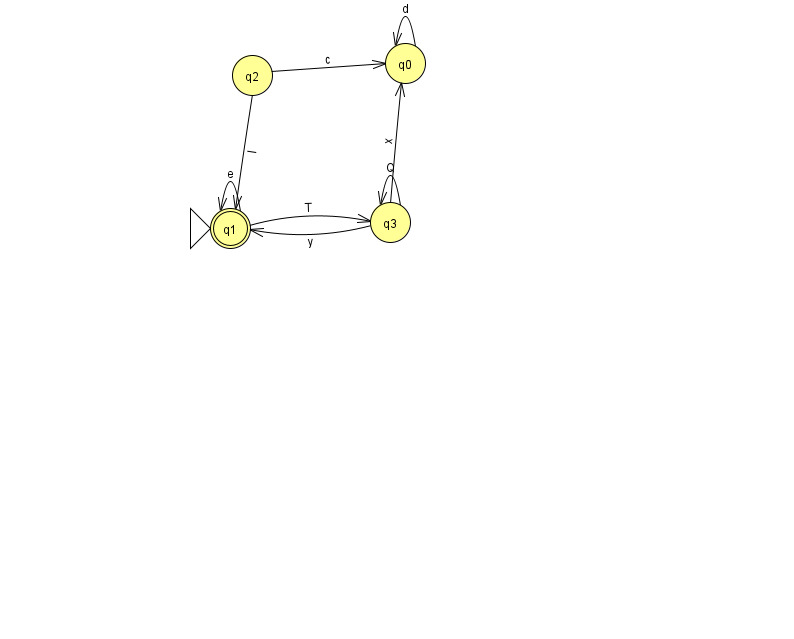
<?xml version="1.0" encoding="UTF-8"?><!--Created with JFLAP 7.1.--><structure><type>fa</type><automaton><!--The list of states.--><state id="0" name="q0"><x>405.0</x><y>50.0</y></state><state id="1" name="q1"><x>230.0</x><y>215.0</y><initial/><final/></state><state id="2" name="q2"><x>252.0</x><y>62.0</y></state><state id="3" name="q3"><x>390.0</x><y>209.0</y></state><!--The list of transitions.--><transition><from>2</from><to>0</to><read>c</read></transition><transition><from>3</from><to>3</to><read>Q</read></transition><transition><from>0</from><to>0</to><read>d</read></transition><transition><from>1</from><to>1</to><read>e</read></transition><transition><from>1</from><to>3</to><read>T</read></transition><transition><from>3</from><to>1</to><read>y</read></transition><transition><from>2</from><to>1</to><read>l</read></transition><transition><from>3</from><to>0</to><read>x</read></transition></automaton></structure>